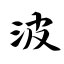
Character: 波